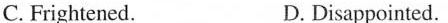
c.Frightened. D. Disappointed.